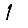
Digit: 1